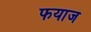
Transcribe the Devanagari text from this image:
फयाज